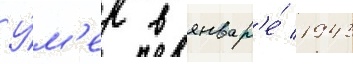
У́м'ер в январ'е́ 1943